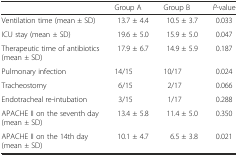
<table><thead><tr><td></td><td><b>Group A</b></td><td><b>Group B</b></td><td><b><i>P-</i>value</b></td></tr></thead><tbody><tr><td>Ventilation time (mean ± SD)</td><td>13.7 ± 4.4</td><td>10.5 ± 3.7</td><td>0.033</td></tr><tr><td>ICU stay (mean <i>±</i> SD)</td><td>19.6 ± 5.0</td><td>15.9 ± 5.0</td><td>0.047</td></tr><tr><td>Therapeutic time of antibiotics (mean <i>±</i> SD)</td><td>17.9 ± 6.7</td><td>14.9 ± 5.9</td><td>0.187</td></tr><tr><td>Pulmonary infection</td><td>14/15</td><td>10/17</td><td>0.024</td></tr><tr><td>Tracheostomy</td><td>6/15</td><td>2/17</td><td>0.066</td></tr><tr><td>Endotracheal re-intubation</td><td>3/15</td><td>1/17</td><td>0.288</td></tr><tr><td>APACHE II on the seventh day (mean <i>±</i> SD)</td><td>13.4 ± 5.8</td><td>11.4 ± 5.0</td><td>0.350</td></tr><tr><td>APACHE II on the 14th day (mean <i>±</i> SD)</td><td>10.1 ± 4.7</td><td>6.5 ± 3.8</td><td>0.021</td></tr></tbody></table>